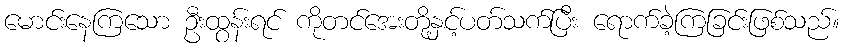
မောင်းနေကြသော ဦးထွန်းရင် ကိုတင်အေးတို့နှင့်ပတ်သက်ပြီး ရောက်ခဲ့ကြခြင်းဖြစ်သည်။